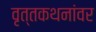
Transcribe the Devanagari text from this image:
वृत्तकथनांवर